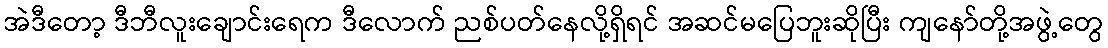
အဲဒီတော့ ဒီဘီလူးချောင်းရေက ဒီလောက် ညစ်ပတ်နေလို့ရှိရင် အဆင်မပြေဘူးဆိုပြီး ကျနော်တို့အဖွဲ့တွေ